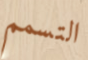
التسمم